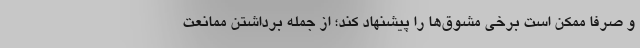
و صرفاً ممکن است برخی مشوق‌ها را پیشنهاد کند؛ از جمله برداشتن ممانعت